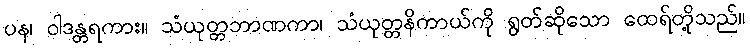
ပန၊ ဝါဒန္တရကား။ သံယုတ္တဘာဏကာ၊ သံယုတ္တနိကာယ်ကို ရွတ်ဆိုသော ထေရ်တို့သည်။